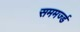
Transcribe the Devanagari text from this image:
सममर्ज्ड